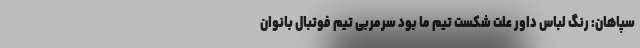
سپاهان: رنگ لباس داور علت شکست تیم ما بود سرمربی تیم فوتبال بانوان